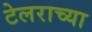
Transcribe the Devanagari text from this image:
टेलराच्या